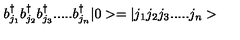
b _ { j _ { 1 } } ^ { \dagger } b _ { j _ { 2 } } ^ { \dagger } b _ { j _ { 3 } } ^ { \dagger } . . . . . b _ { j _ { n } } ^ { \dagger } | 0 > = | j _ { 1 } j _ { 2 } j _ { 3 } . . . . . j _ { n } >